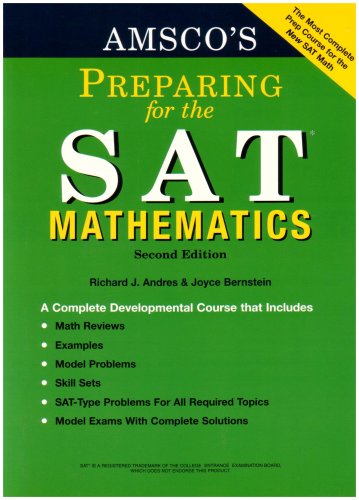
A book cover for Amsco's Preparing for the Sat: Mathematics; Richard Andres; Test Preparation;